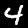
Digit: 4